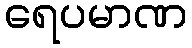
ရေပမာဏ